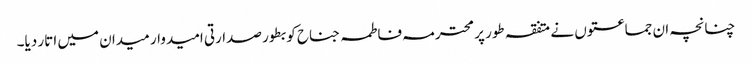
چنانچہ ان جماعتوں نے متفقہ طور پر محترمہ فاطمہ جناح کو بطور صدارتی امیدوار میدان میں اتار دیا۔